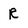
Character: R